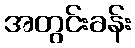
အတွင်းခန်း